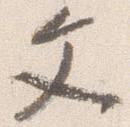
文